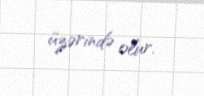
üzərində olur.